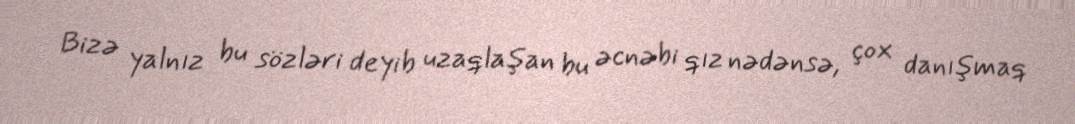
Bizə yalnız bu sözləri deyib uzaqlaşan bu əcnəbi qız nədənsə, çox danışmaq